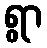
ရွာ